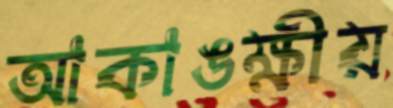
আকাঙক্ষীয়